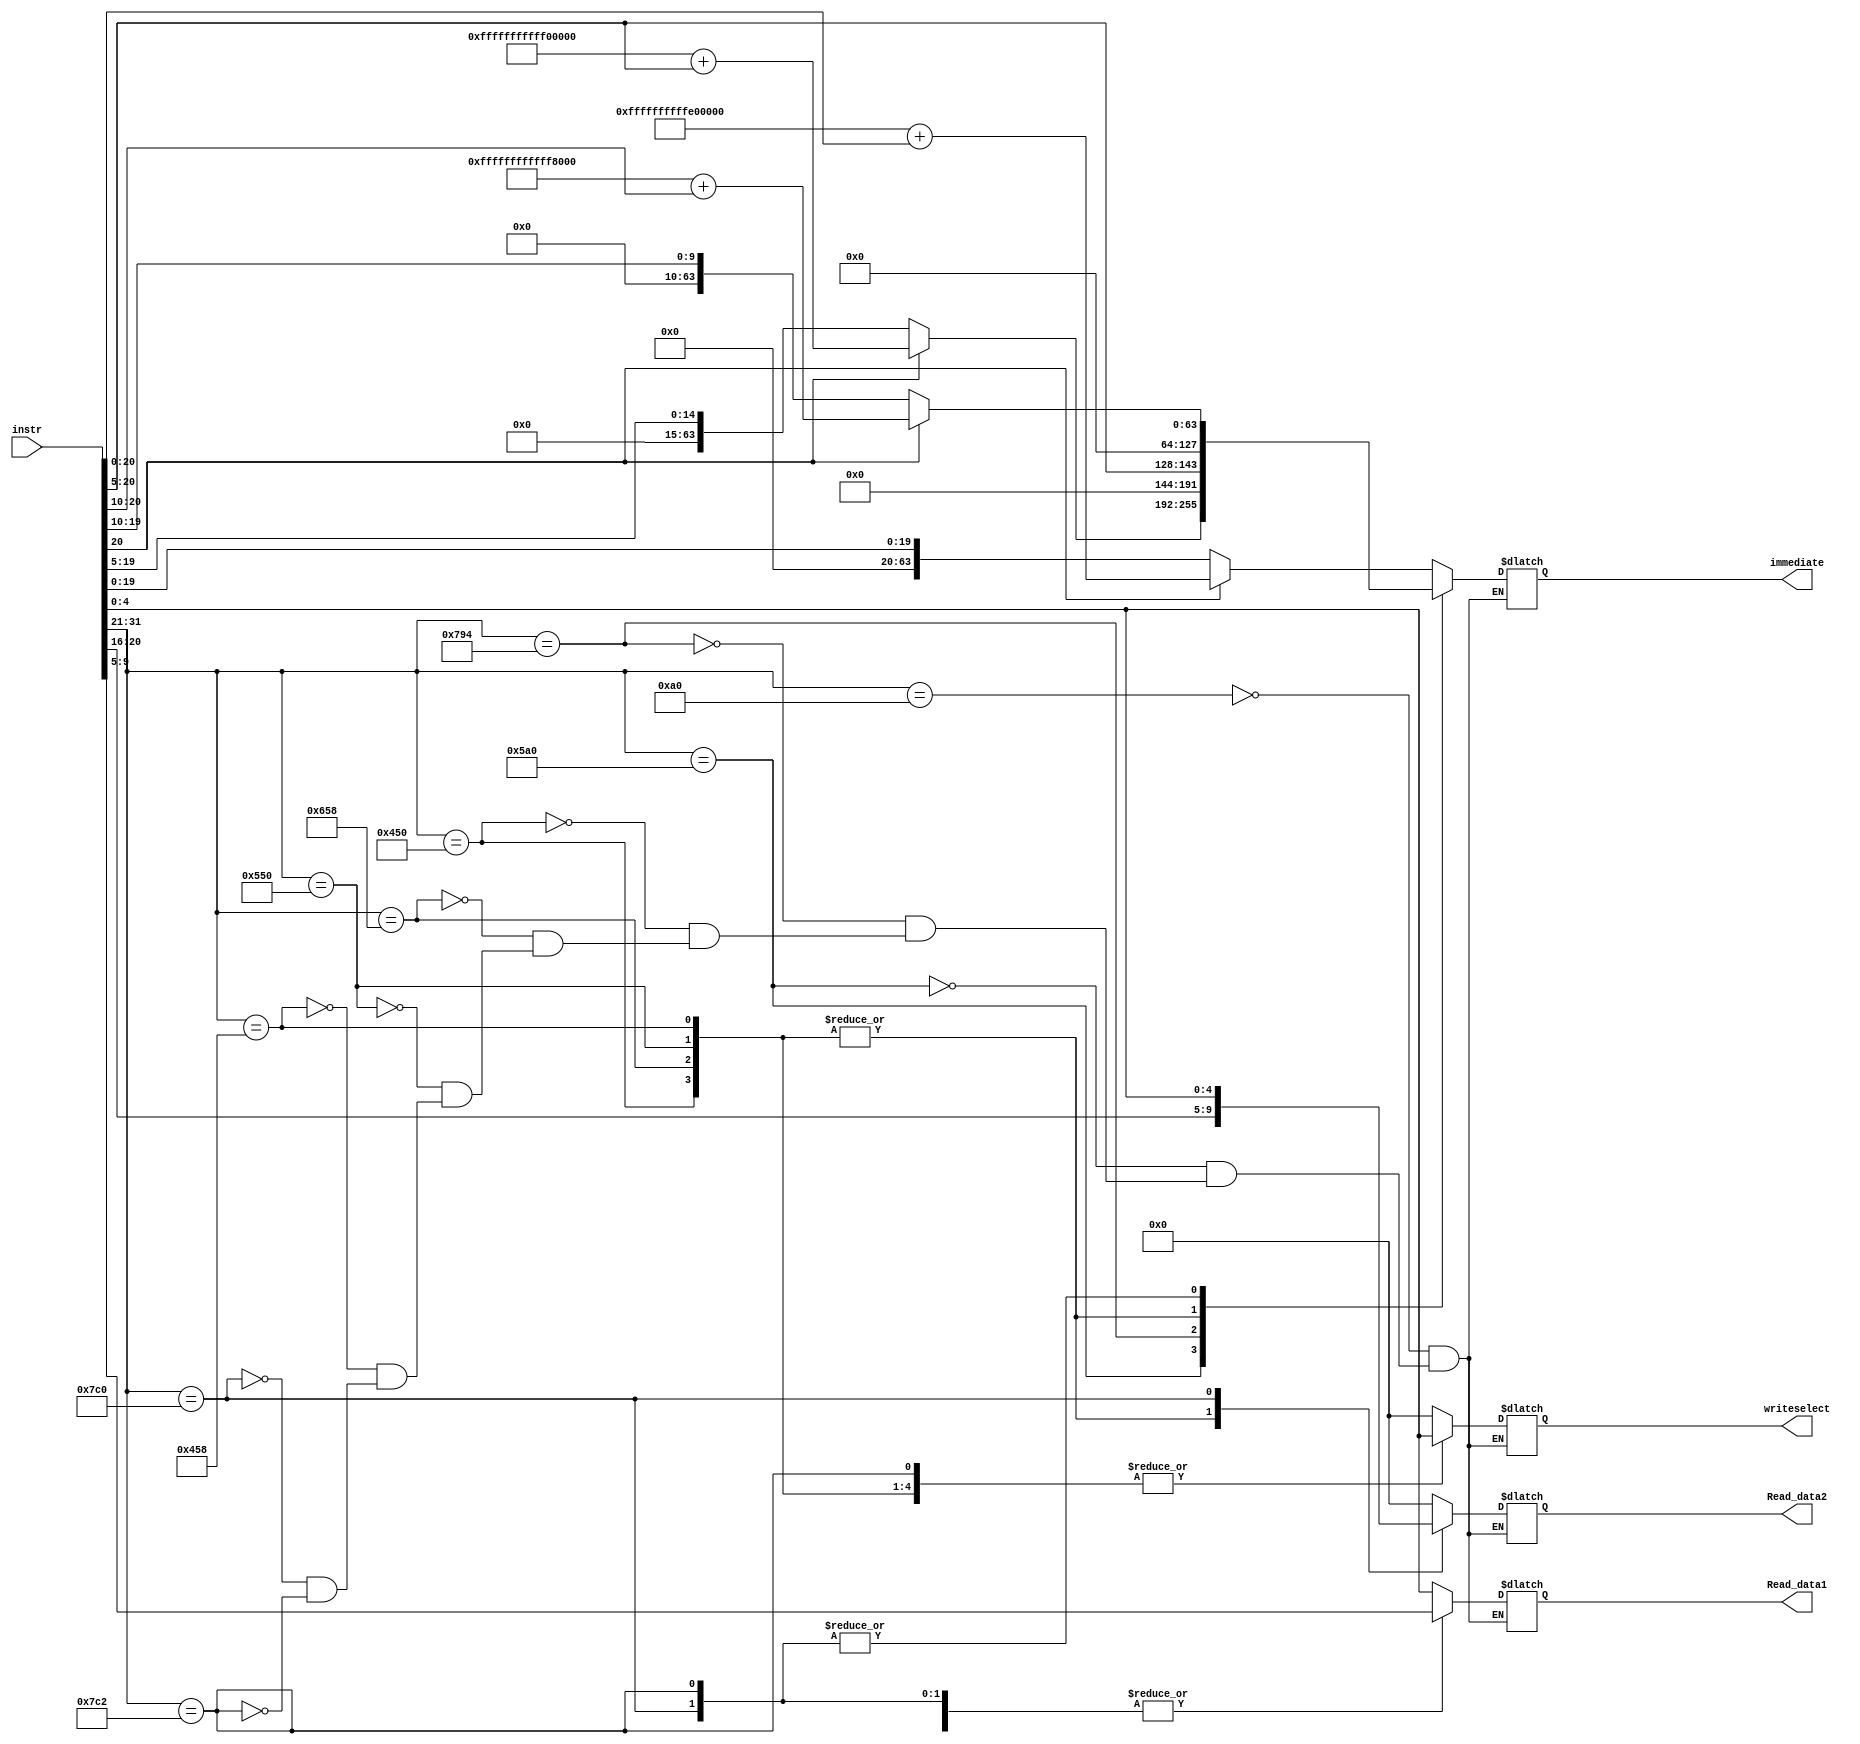
`timescale 1ns / 1ps
//////////////////////////////////////////////////////////////////////////////////
// Company: 
// Engineer: 
// 
// Design Name: 
// Module Name: instr_parse
// Project Name: 
// Target Devices: 
// Tool Versions: 
// Description: 
// 
// Dependencies: 
// 
// Revision:
// Revision 0.01 - File Created
// Additional Comments:
// 
//////////////////////////////////////////////////////////////////////////////////


module instr_parse(
    input [31:0] instr,
    output reg [4:0] Read_data1,
    output reg [4:0] Read_data2,
    output reg [63:0]immediate,
    output reg [4:0] writeselect
);
    always@(instr)begin
        case (instr[31:21])
            11'h0A0: begin //B-format
                if (instr[20]==1'b1)
                    immediate = 64'hFFFFFFFFFFE00000 + instr[20:0];
                else
                    immediate = instr[20:0];
                Read_data1 = instr[4:0];
                Read_data2 = 5'b0;
                writeselect = 5'b0;
            end
            11'h5A0: begin //CB-format
                if (instr[20]==1'b1)
                    immediate = 64'hFFFFFFFFFFF00000 + instr[20:5];
                else
                    immediate = instr[20:5];
                Read_data1 = instr[4:0];
                Read_data2 = 5'b0;
                writeselect = 5'b0;
            end
            (11'h794): begin // MOVK
                immediate = instr[20:5];
                Read_data1 = instr[4:0];
                Read_data2 = 5'b0;
                writeselect = instr[4:0];
            end
            
            11'h450 : begin //R-format
                Read_data1 = instr[9:5];
                Read_data2 = instr[20:16];
                immediate = 64'b0;
                writeselect = instr[4:0];
            end
            11'h658: begin //R-format
                Read_data1 = instr[9:5];
                Read_data2 = instr[20:16];
                immediate = 64'b0;
                writeselect = instr[4:0];
            end
            11'h550 : begin //R-format
                Read_data1 = instr[9:5];
                Read_data2 = instr[20:16];
                immediate = 64'b0;
                writeselect = instr[4:0];
            end
            11'h458: begin //R-format
                Read_data1 = instr[9:5];
                Read_data2 = instr[20:16];
                immediate = 64'b0;
                writeselect = instr[4:0];
            end
            11'h7C0 : begin //STUR
                if (instr[20]==1'b1)
                    immediate = 64'hFFFFFFFFFFFF8000 + instr[20:10];
                else
                    immediate = instr[20:10];
                Read_data1 = instr[9:5];
                Read_data2 = instr[4:0];
                writeselect = 5'b0;
            end
            11'h7C2 : begin //LDUR
            if (instr[20]==1'b1)
                    immediate = 64'hFFFFFFFFFFFF8000 + instr[20:10];
                else
                    immediate = instr[20:10];
                Read_data1 = instr[9:5];
                Read_data2 =  5'b0;
                writeselect = instr[4:0];
            end

        endcase
    end
endmodule